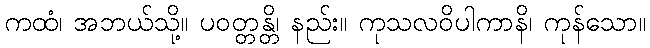
ကထံ၊ အဘယ်သို့။ ပဝတ္တန္တိ၊ နည်း။ ကုသလဝိပါကာနိ၊ ကုန်သော။